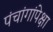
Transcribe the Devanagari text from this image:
पंचांगांपेक्षा